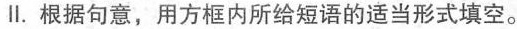
Ⅱ.根据句意,用方框内所给短语的适当形式填空.